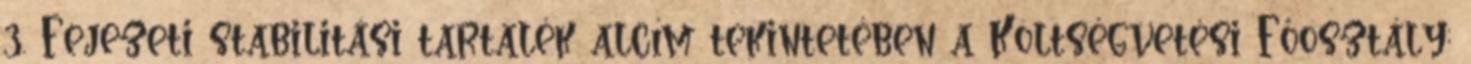
3. Fejezeti stabilitási tartalék alcím tekintetében a Költségvetési Főosztály;